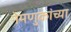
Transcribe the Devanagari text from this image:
नेमणुकांच्या